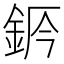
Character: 𨦄